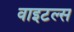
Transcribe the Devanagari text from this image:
वाइटल्स